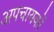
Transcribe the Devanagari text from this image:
अपचायकों